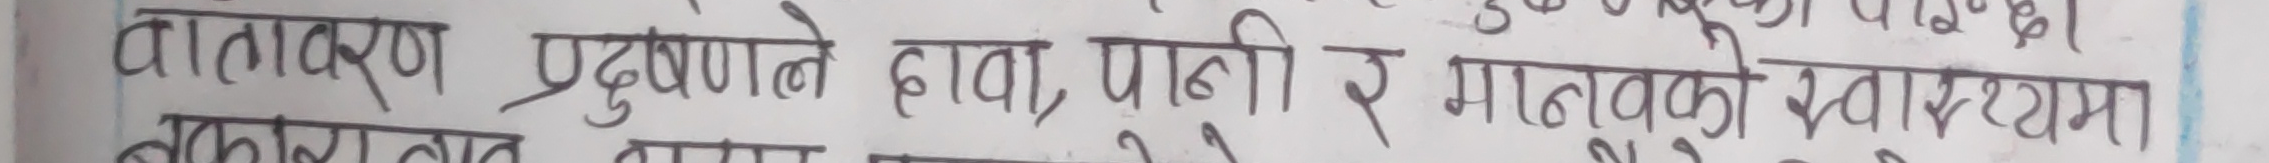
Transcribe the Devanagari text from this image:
वातावरण प्रदुषणले हावा, पानी र माटोको स्वास्थ्यमा नकारात्मक